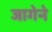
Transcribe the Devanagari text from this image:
जागेने